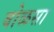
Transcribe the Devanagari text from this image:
वोळसा